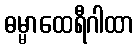
ဓမ္မာထေရီဂါထာ